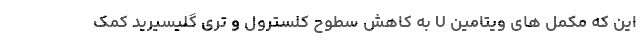
این که مکمل های ویتامین U به کاهش سطوح کلسترول و تری گلیسیرید کمک